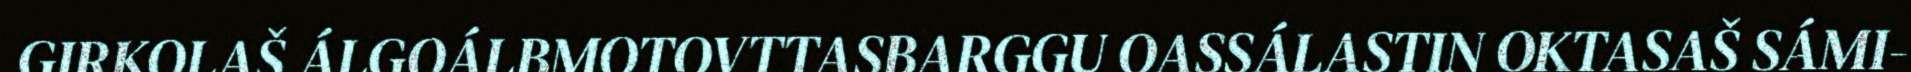
GIRKOLAŠ ÁLGOÁLBMOTOVTTASBARGGU OASSÁLASTIN OKTASAŠ SÁMI-